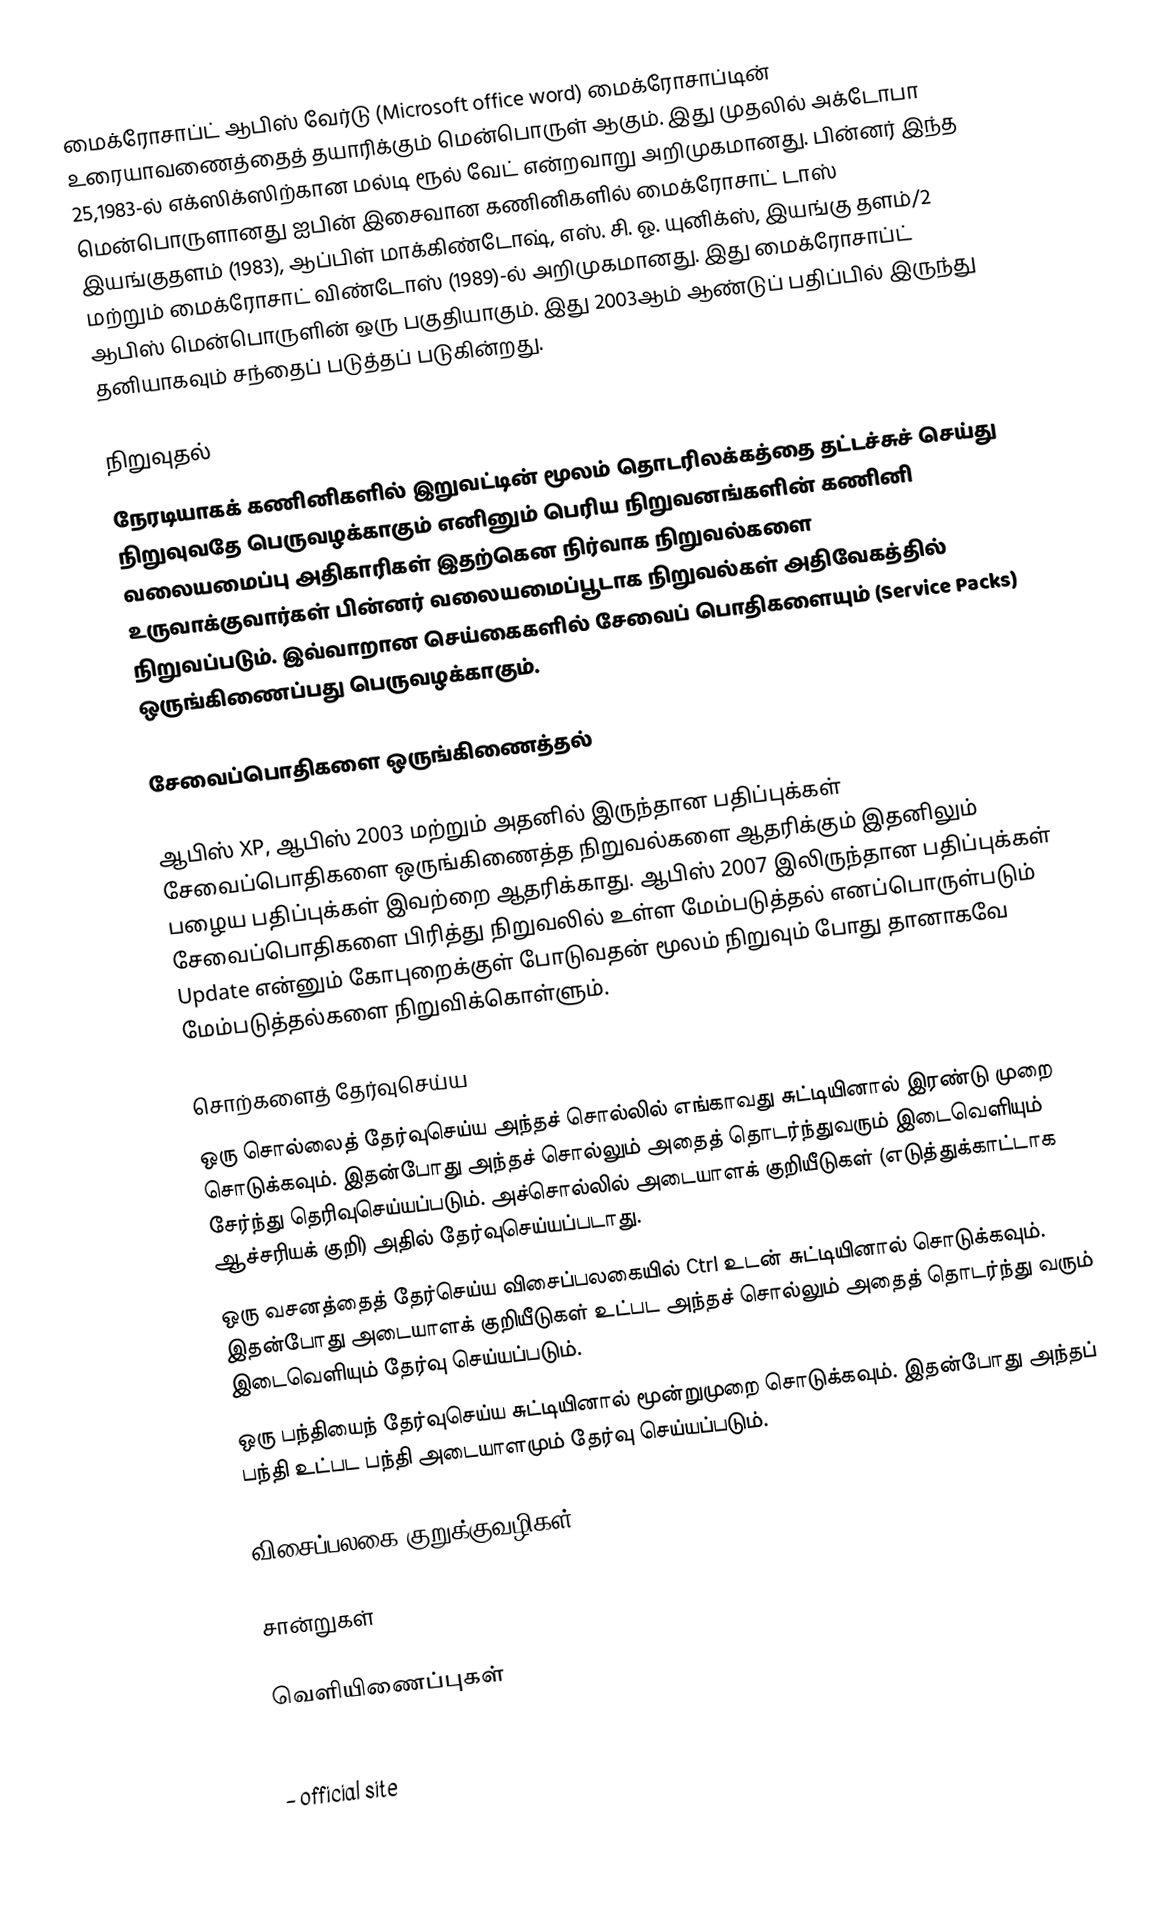
மைக்ரோசாப்ட் ஆபிஸ் வேர்டு (Microsoft office word) மைக்ரோசாப்டின் உரையாவணைத்தைத் தயாரிக்கும் மென்பொருள் ஆகும். இது முதலில் அக்டோபா 25,1983-ல்  எக்ஸிக்ஸிற்கான மல்டி ரூல் வேட் என்றவாறு அறிமுகமானது.  பின்னர் இந்த மென்பொருளானது ஐபின் இசைவான கணினிகளில் மைக்ரோசாட் டாஸ் இயங்குதளம் (1983), ஆப்பிள் மாக்கிண்டோஷ், எஸ். சி. ஓ.  யுனிக்ஸ், இயங்கு தளம்/2 மற்றும் மைக்ரோசாட் விண்டோஸ் (1989)-ல் அறிமுகமானது. இது மைக்ரோசாப்ட் ஆபிஸ் மென்பொருளின் ஒரு பகுதியாகும். இது 2003ஆம் ஆண்டுப் பதிப்பில் இருந்து தனியாகவும் சந்தைப் படுத்தப் படுகின்றது.

நிறுவுதல்
நேரடியாகக் கணினிகளில் இறுவட்டின் மூலம் தொடரிலக்கத்தை தட்டச்சுச் செய்து நிறுவுவதே பெருவழக்காகும் எனினும் பெரிய நிறுவனங்களின் கணினி வலையமைப்பு அதிகாரிகள் இதற்கென நிர்வாக நிறுவல்களை உருவாக்குவார்கள் பின்னர் வலையமைப்பூடாக நிறுவல்கள் அதிவேகத்தில் நிறுவப்படும். இவ்வாறான செய்கைகளில் சேவைப் பொதிகளையும் (Service Packs) ஒருங்கிணைப்பது பெருவழக்காகும்.

சேவைப்பொதிகளை ஒருங்கிணைத்தல்

ஆபிஸ் XP, ஆபிஸ் 2003 மற்றும் அதனில் இருந்தான பதிப்புக்கள் சேவைப்பொதிகளை ஒருங்கிணைத்த நிறுவல்களை ஆதரிக்கும் இதனிலும் பழைய பதிப்புக்கள் இவற்றை ஆதரிக்காது. ஆபிஸ் 2007 இலிருந்தான பதிப்புக்கள் சேவைப்பொதிகளை பிரித்து நிறுவலில் உள்ள மேம்படுத்தல் எனப்பொருள்படும் Update என்னும் கோபுறைக்குள் போடுவதன் மூலம் நிறுவும் போது தானாகவே மேம்படுத்தல்களை நிறுவிக்கொள்ளும்.

சொற்களைத் தேர்வுசெய்ய
ஒரு சொல்லைத் தேர்வுசெய்ய அந்தச் சொல்லில் எங்காவது சுட்டியினால் இரண்டு முறை சொடுக்கவும். இதன்போது அந்தச் சொல்லும் அதைத் தொடர்ந்துவரும் இடைவெளியும் சேர்ந்து தெரிவுசெய்யப்படும். அச்சொல்லில் அடையாளக் குறியீடுகள் (எடுத்துக்காட்டாக ஆச்சரியக் குறி) அதில் தேர்வுசெய்யப்படாது.
ஒரு வசனத்தைத் தேர்செய்ய விசைப்பலகையில் Ctrl உடன் சுட்டியினால் சொடுக்கவும். இதன்போது அடையாளக் குறியீடுகள் உட்பட அந்தச் சொல்லும் அதைத் தொடர்ந்து வரும் இடைவெளியும் தேர்வு செய்யப்படும்.
ஒரு பந்தியைந் தேர்வுசெய்ய சுட்டியினால் மூன்றுமுறை சொடுக்கவும். இதன்போது அந்தப் பந்தி உட்பட பந்தி அடையாளமும் தேர்வு செய்யப்படும்.

விசைப்பலகை குறுக்குவழிகள்

சான்றுகள்

வெளியிணைப்புகள்

  – official site
 Find and replace text by using regular expressions (Ad